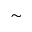
\sim